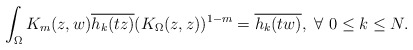
\begin{align*} \int_\Omega K_m(z,w) \overline{h_k(tz)} (K_\Omega(z,z))^{1-m}= \overline{h_k(tw)}, \ \forall\ 0\leq k \leq N.\end{align*}